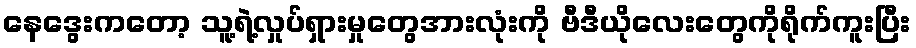
နေဒွေးကတော့ သူ့ရဲ့လှုပ်ရှားမှုတွေအားလုံးကို ဗီဒီယိုလေးတွေကိုရိုက်ကူးပြီး